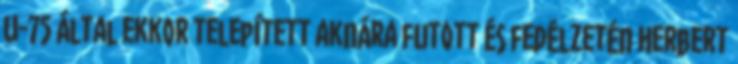
U-75 által ekkor telepített aknára futott és fedélzetén Herbert